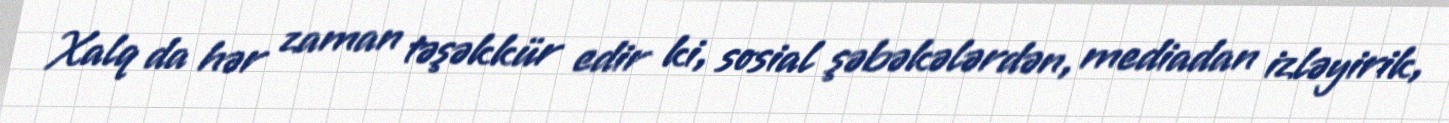
Xalq da hər zaman təşəkkür edir ki, sosial şəbəkələrdən, mediadan izləyirik,